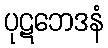
ပုဋဘေဒနံ